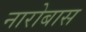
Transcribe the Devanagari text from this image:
नारोबास